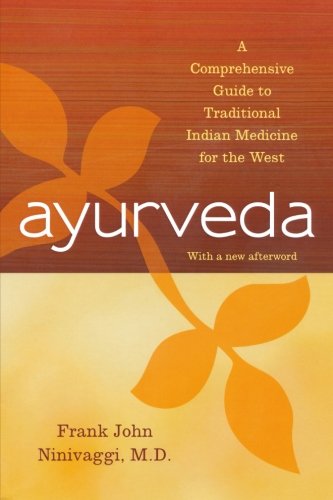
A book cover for Ayurveda: A Comprehensive Guide to Traditional Indian Medicine for the West; Frank John Ninivaggi M.D.; Health, Fitness & Dieting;